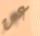
عن